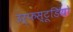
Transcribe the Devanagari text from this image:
उर्फस्टूडियो